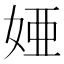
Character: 𫰫